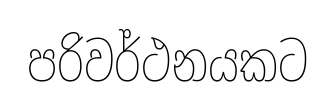
පරිවර්ථනයකට